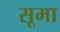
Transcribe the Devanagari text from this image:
सूमा